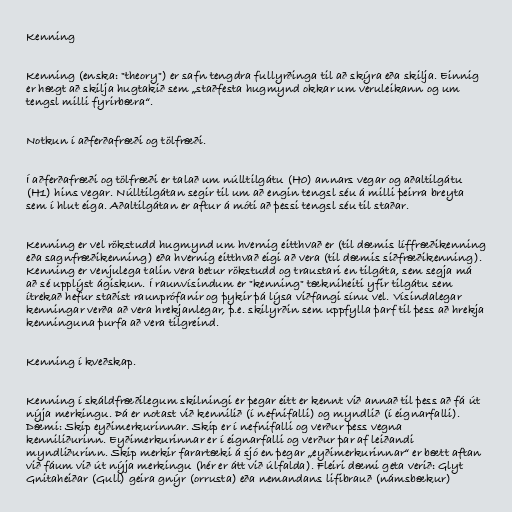
Kenning

Kenning (enska: "theory") er safn tengdra fullyrðinga til að skýra eða skilja. Einnig
er hægt að skilja hugtakið sem „staðfesta hugmynd okkar um veruleikann og um
tengsl milli fyrirbæra“.

Notkun í aðferðafræði og tölfræði.

Í aðferðafræði og tölfræði er talað um núlltilgátu (H0) annars vegar og aðaltilgátu
(H1) hins vegar. Núlltilgátan segir til um að engin tengsl séu á milli þeirra breyta
sem í hlut eiga. Aðaltilgátan er aftur á móti að þessi tengsl séu til staðar.

Kenning er vel rökstudd hugmynd um hvernig eitthvað er (til dæmis líffræðikenning
eða sagnfræðikenning) eða hvernig eitthvað eigi að vera (til dæmis siðfræðikenning).
Kenning er venjulega talin vera betur rökstudd og traustari en tilgáta, sem segja má
að sé upplýst ágiskun. Í raunvísindum er "kenning" tækniheiti yfir tilgátu sem
ítrekað hefur staðist raunprófanir og þykir þá lýsa viðfangi sínu vel. Vísindalegar
kenningar verða að vera hrekjanlegar, þ.e. skilyrðin sem uppfylla þarf til þess að hrekja
kenninguna þurfa að vera tilgreind.

Kenning í kveðskap.

Kenning í skáldfræðilegum skilningi er þegar eitt er kennt við annað til þess að fá út
nýja merkingu. Þá er notast við kennilið (í nefnifalli) og myndlið (í eignarfalli).
Dæmi: Skip eyðimerkurinnar. Skip er í nefnifalli og verður þess vegna
kenniliðurinn. Eyðimerkurinnar er í eignarfalli og verður þar af leiðandi
myndliðurinn. Skip merkir farartæki á sjó en þegar „eyðimerkurinnar“ er bætt aftan
við fáum við út nýja merkingu (hér er átt við úlfalda). Fleiri dæmi geta verið: Glyt
Gnitaheiðar (Gull) geira gnýr (orrusta) eða nemandans lifibrauð (námsbækur)